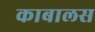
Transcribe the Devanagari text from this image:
काबालस